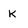
Character: k